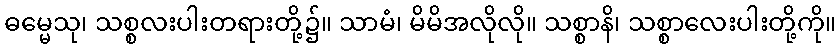
ဓမ္မေသု၊ သစ္စလးပါးတရားတို့၌။ သာမံ၊ မိမိအလိုလို။ သစ္စာနိ၊ သစ္စာလေးပါးတို့ကို။